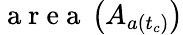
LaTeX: \mathrm{~a~r~e~a~}\left(A_{a(t_{c})}\right)